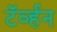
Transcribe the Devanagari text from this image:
टॅर्व्हन